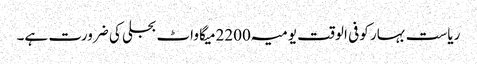
ریاست بہار کو فی الوقت یومیہ 2200میگا واٹ بجلی کی ضرورت ہے۔